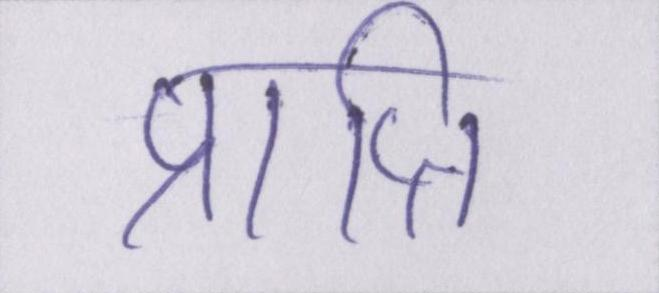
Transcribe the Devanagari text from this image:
प्राप्ति